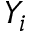
Y _ { i }